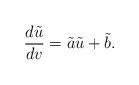
LaTeX: \begin{align*} \frac{d\tilde{u}}{dv}=\tilde{a}\tilde{u}+\tilde{b}.\end{align*}